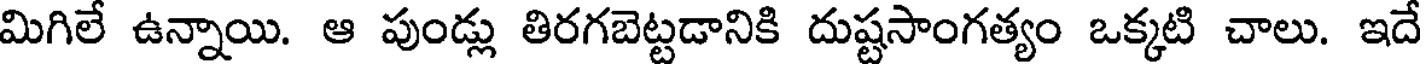
మిగిలే ఉన్నాయి. ఆ పుండ్లు తిరగబెట్టడానికి దుష్టసాంగత్యం ఒక్కటి చాలు. ఇదే